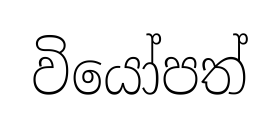
වියෝපත්